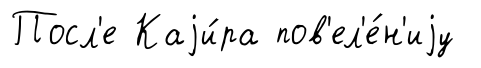
Посл'е Каjи́ра пов'ел'е́н'иjу